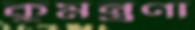
কুমন্ত্রণা